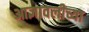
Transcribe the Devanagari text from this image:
आज्ञावलीच्या